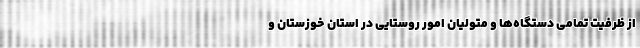
از ظرفیت تمامی دستگاه‌ها و متولیان امور روستایی در استان خوزستان و